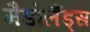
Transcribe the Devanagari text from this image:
मैडोलैंड्स